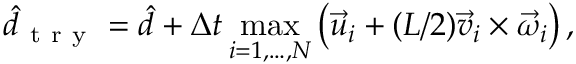
\hat { d } _ { \mathrm { ~ t ~ r ~ y ~ } } = \hat { d } + \Delta t \operatorname* { m a x } _ { i = 1 , \dots , N } \left( \vec { u } _ { i } + ( L / 2 ) \vec { v } _ { i } \times \vec { \omega } _ { i } \right) ,